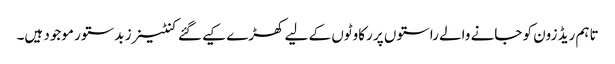
تاہم ریڈ زون کو جانے والے راستوں پر رکاوٹوں کے لیے کھڑے کیے گئے کنٹینرز بدستور موجود ہیں۔